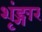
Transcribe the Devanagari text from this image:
शृंङ्गार